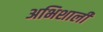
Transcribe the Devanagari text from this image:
अभिशाली